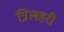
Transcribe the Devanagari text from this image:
त्रिलहरी